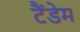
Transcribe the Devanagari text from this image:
टैंडेम